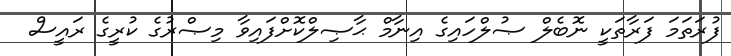
ފުރަތަމަ ފަރާތަކީ ނޮބެލް ޞުލްހައިގެ އިނާމް ޙާޞިލްކޮށްފައިވާ މިޞްރުގެ ކުރީގެ ރައީސް